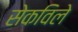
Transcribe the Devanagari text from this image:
सेकविले